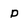
Character: p